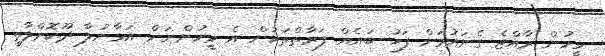
މީހުން ރާއްޖެ ގެނައުމަށް ފަހު ބައެއް ފަރާތްތަކުން އެ މީހުންނަށް އަޅާނުލާ ދޫކޮށްލާތީ